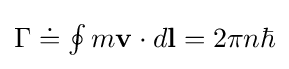
{\textstyle \Gamma \doteq \oint {m\mathbf {v} \cdot d\mathbf {l} }=2\pi n\hbar }